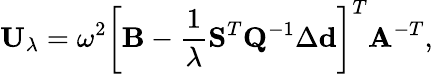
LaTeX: \mathbf{U}_{\lambda}=\omega^{2}\left[\mathbf{B}-\frac{1}{\lambda}\mathbf{S}^{T}\mathbf{Q}^{-1}\Delta\mathbf{d}\right]^{T}\mathbf{A}^{-T},